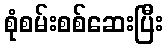
စုံစမ်းစစ်ဆေးပြီး